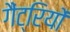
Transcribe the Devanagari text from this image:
गैंट्रियों